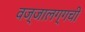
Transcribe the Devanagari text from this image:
वज्‍जालग्गची